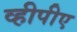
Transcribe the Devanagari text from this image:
व्हीपीए